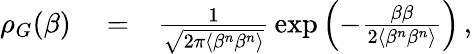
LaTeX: \begin{array}{rlr}{\rho_{G}(\beta)}&{{}=}&{\frac{1}{\sqrt{2\pi\langle\beta^{n}\beta^{n}\rangle}}\, \exp\left(-\frac{\beta\beta}{2\langle\beta^{n}\beta^{n}\rangle}\right)\, ,}\end{array}